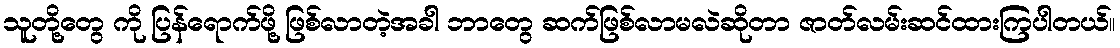
သူတို့တွေ ကို ပြန်ရောက်ဖို့ ဖြစ်လာတဲ့အခါ ဘာတွေ ဆက်ဖြစ်လာမလဲဆိုတာ ဇာတ်လမ်းဆင်ထားကြပါတယ်။